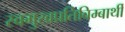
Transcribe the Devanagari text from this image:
स्वमुखप्रतिबिम्बार्थी